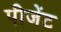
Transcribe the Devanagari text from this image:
पीजेंट